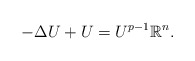
\begin{align*}-\Delta U+U=U^{p-1}\mathbb{R}^{n}.\end{align*}